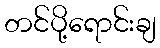
တင်ပို့ရောင်းချ